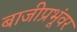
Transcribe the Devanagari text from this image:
बाजीप्रभूंवर